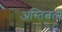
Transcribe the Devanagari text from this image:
अस्तित्वता